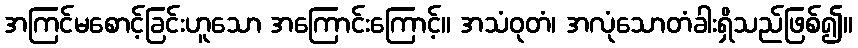
အကြင်မစောင့်ခြင်းဟူသော အကြောင်းကြောင့်။ အသံဝုတံ၊ အလုံသောတံခါးရှိသည်ဖြစ်၍။